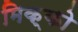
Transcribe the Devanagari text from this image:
मिक्को